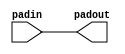
module hardcopyiv_io_pad ( 
		      padin, 
                      padout
	            );
parameter lpm_type = "hardcopyiv_io_pad";
input padin; 
output padout;
wire padin_ipd;
wire padout_opd;
buf padin_buf  (padin_ipd,padin);
assign padout_opd = padin_ipd;
buf padout_buf (padout, padout_opd);
endmodule